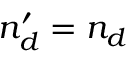
n _ { d } ^ { \prime } = n _ { d }